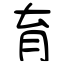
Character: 育